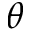
\boldsymbol { \theta }